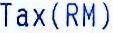
TAX(RM)